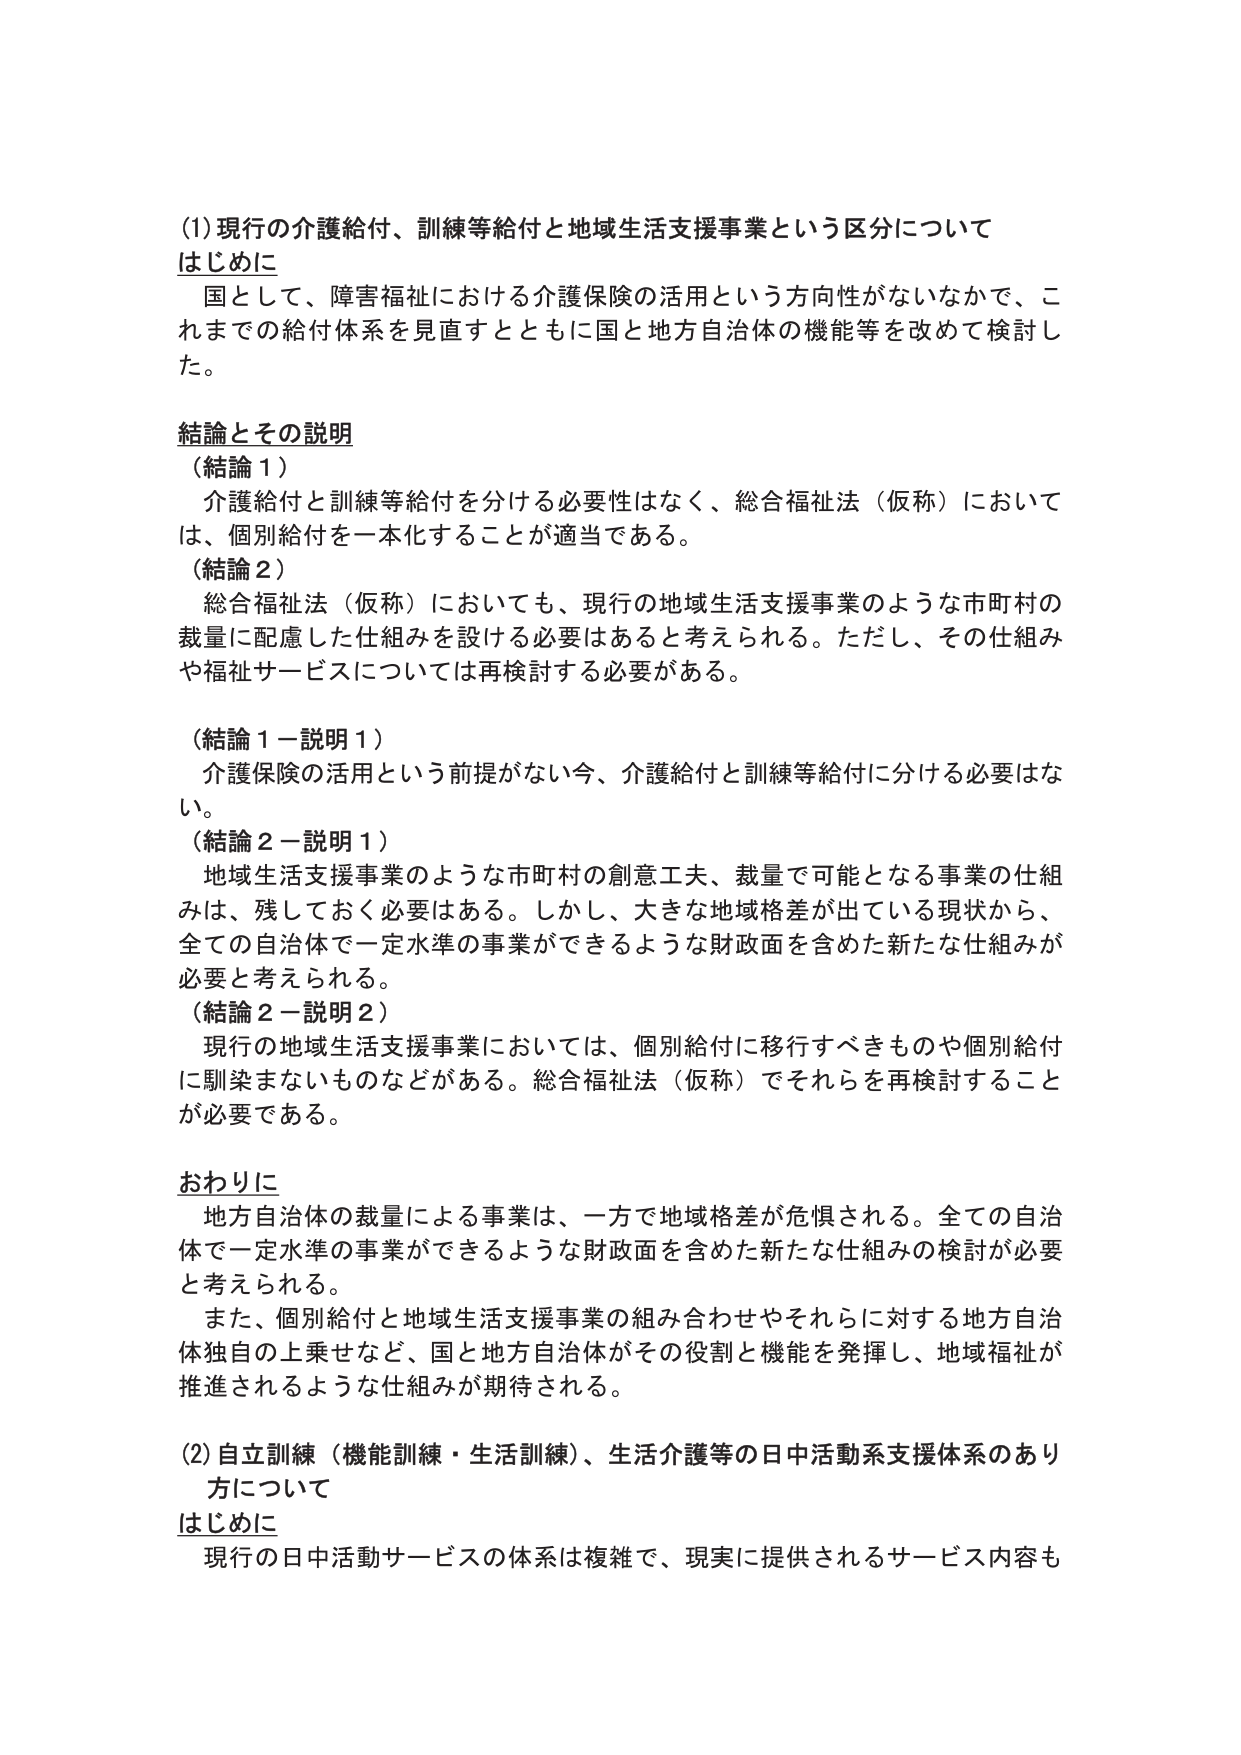
(1) 現行の介護給付、訓練等給付と地域生活支援事業という区分について
はじめに
　国として、障害福祉における介護保険の活用という方向性がないなかで、これまでの給付体系を見直すとともに国と地方自治体の機能等を改めて検討した。

結論とその説明
（結論１）
　介護給付と訓練等給付を分ける必要性はなく、総合福祉法（仮称）においては、個別給付を一本化することが適当である。
（結論２）
　総合福祉法（仮称）においても、現行の地域生活支援事業のような市町村の裁量に配慮した仕組みを設ける必要はあると考えられる。ただし、その仕組みや福祉サービスについては再検討する必要がある。

（結論１－説明１）
　介護保険の活用という前提がない今、介護給付と訓練等給付に分ける必要はない。
（結論２－説明１）
　地域生活支援事業のような市町村の創意工夫、裁量で可能となる事業の仕組みは、残しておく必要はある。しかし、大きな地域格差が出ている現状から、全ての自治体で一定水準の事業ができるような財政面を含めた新たな仕組みが必要と考えられる。
（結論２－説明２）
　現行の地域生活支援事業においては、個別給付に移行すべきものや個別給付に馴染まないものなどがある。総合福祉法（仮称）でそれらを再検討することが必要である。

おわりに
　地方自治体の裁量による事業は、一方で地域格差が危惧される。全ての自治体で一定水準の事業ができるような財政面を含めた新たな仕組みの検討が必要と考えられる。
　また、個別給付と地域生活支援事業の組み合わせやそれらに対する地方自治体独自の上乗せなど、国と地方自治体がその役割と機能を発揮し、地域福祉が推進されるような仕組みが期待される。

(2) 自立訓練（機能訓練・生活訓練）、生活介護等の日中活動系支援体系のあり方について
はじめに
　現行の日中活動サービスの体系は複雑で、現実に提供されるサービス内容も